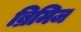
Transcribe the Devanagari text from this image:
ब्रिमिज